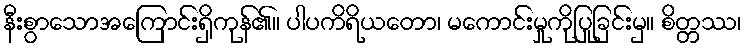
နီးစွာသောအကြောင်းရှိကုန်၏။ ပါပကိရိယတော၊ မကောင်းမှုကိုပြုခြင်းမှ။ စိတ္တဿ၊